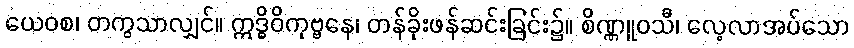
ယေဝစ၊ တကွသာလျှင်။ ဣဒ္ဓိဝိကုဗ္ဗနေ၊ တန်ခိုးဖန်ဆင်းခြင်း၌။ စိဏ္ဏူဝသီ၊ လေ့လာအပ်သော